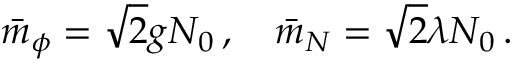
\bar { m } _ { \phi } = \sqrt { 2 } g N _ { 0 } \, , \quad \bar { m } _ { N } = \sqrt { 2 } \lambda N _ { 0 } \, .